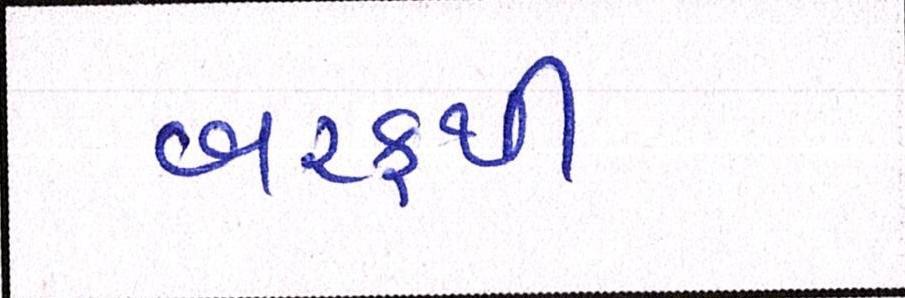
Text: બરફથી